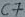
Text: C7